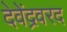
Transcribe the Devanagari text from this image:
देवेंद्रवरद